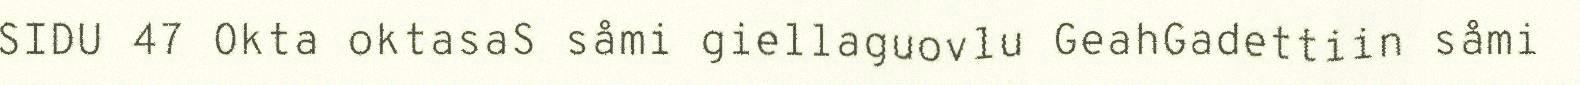
SIDU 47 Okta oktasaS såmi giellaguovlu GeahGadettiin såmi